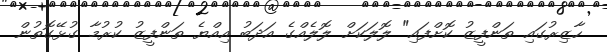
ހާޒިރުގައި ތަންފީޒު ކޮށްފައި" ލޮލަކަށް ލޮލެއްގެ އަދަބު އިއްޔެ ތަންފީޒު ކުރުމާ ގުޅޭގޮތުން